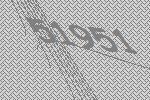
51951